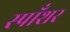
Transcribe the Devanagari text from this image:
स्पाँशर